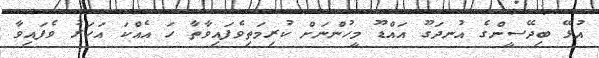
އުޅޭ ބިދޭސީންގެ އުނދަގޫ އައްޑޫ މީހުންނަށް ކުރިމަތިވެފައިވާތާ ހަ އެއްކަ އަހަރު ވެފައިވާ